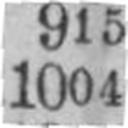
1004